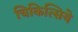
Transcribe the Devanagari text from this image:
चिकित्सिये